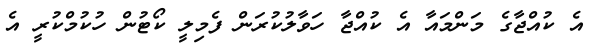
އެ ކުއްޖާގެ މަންމައާ އެ ކުއްޖާ ހަވާލުކުރަން ފެމިލީ ކޯޓުން ހުކުމްކުރީ އެ